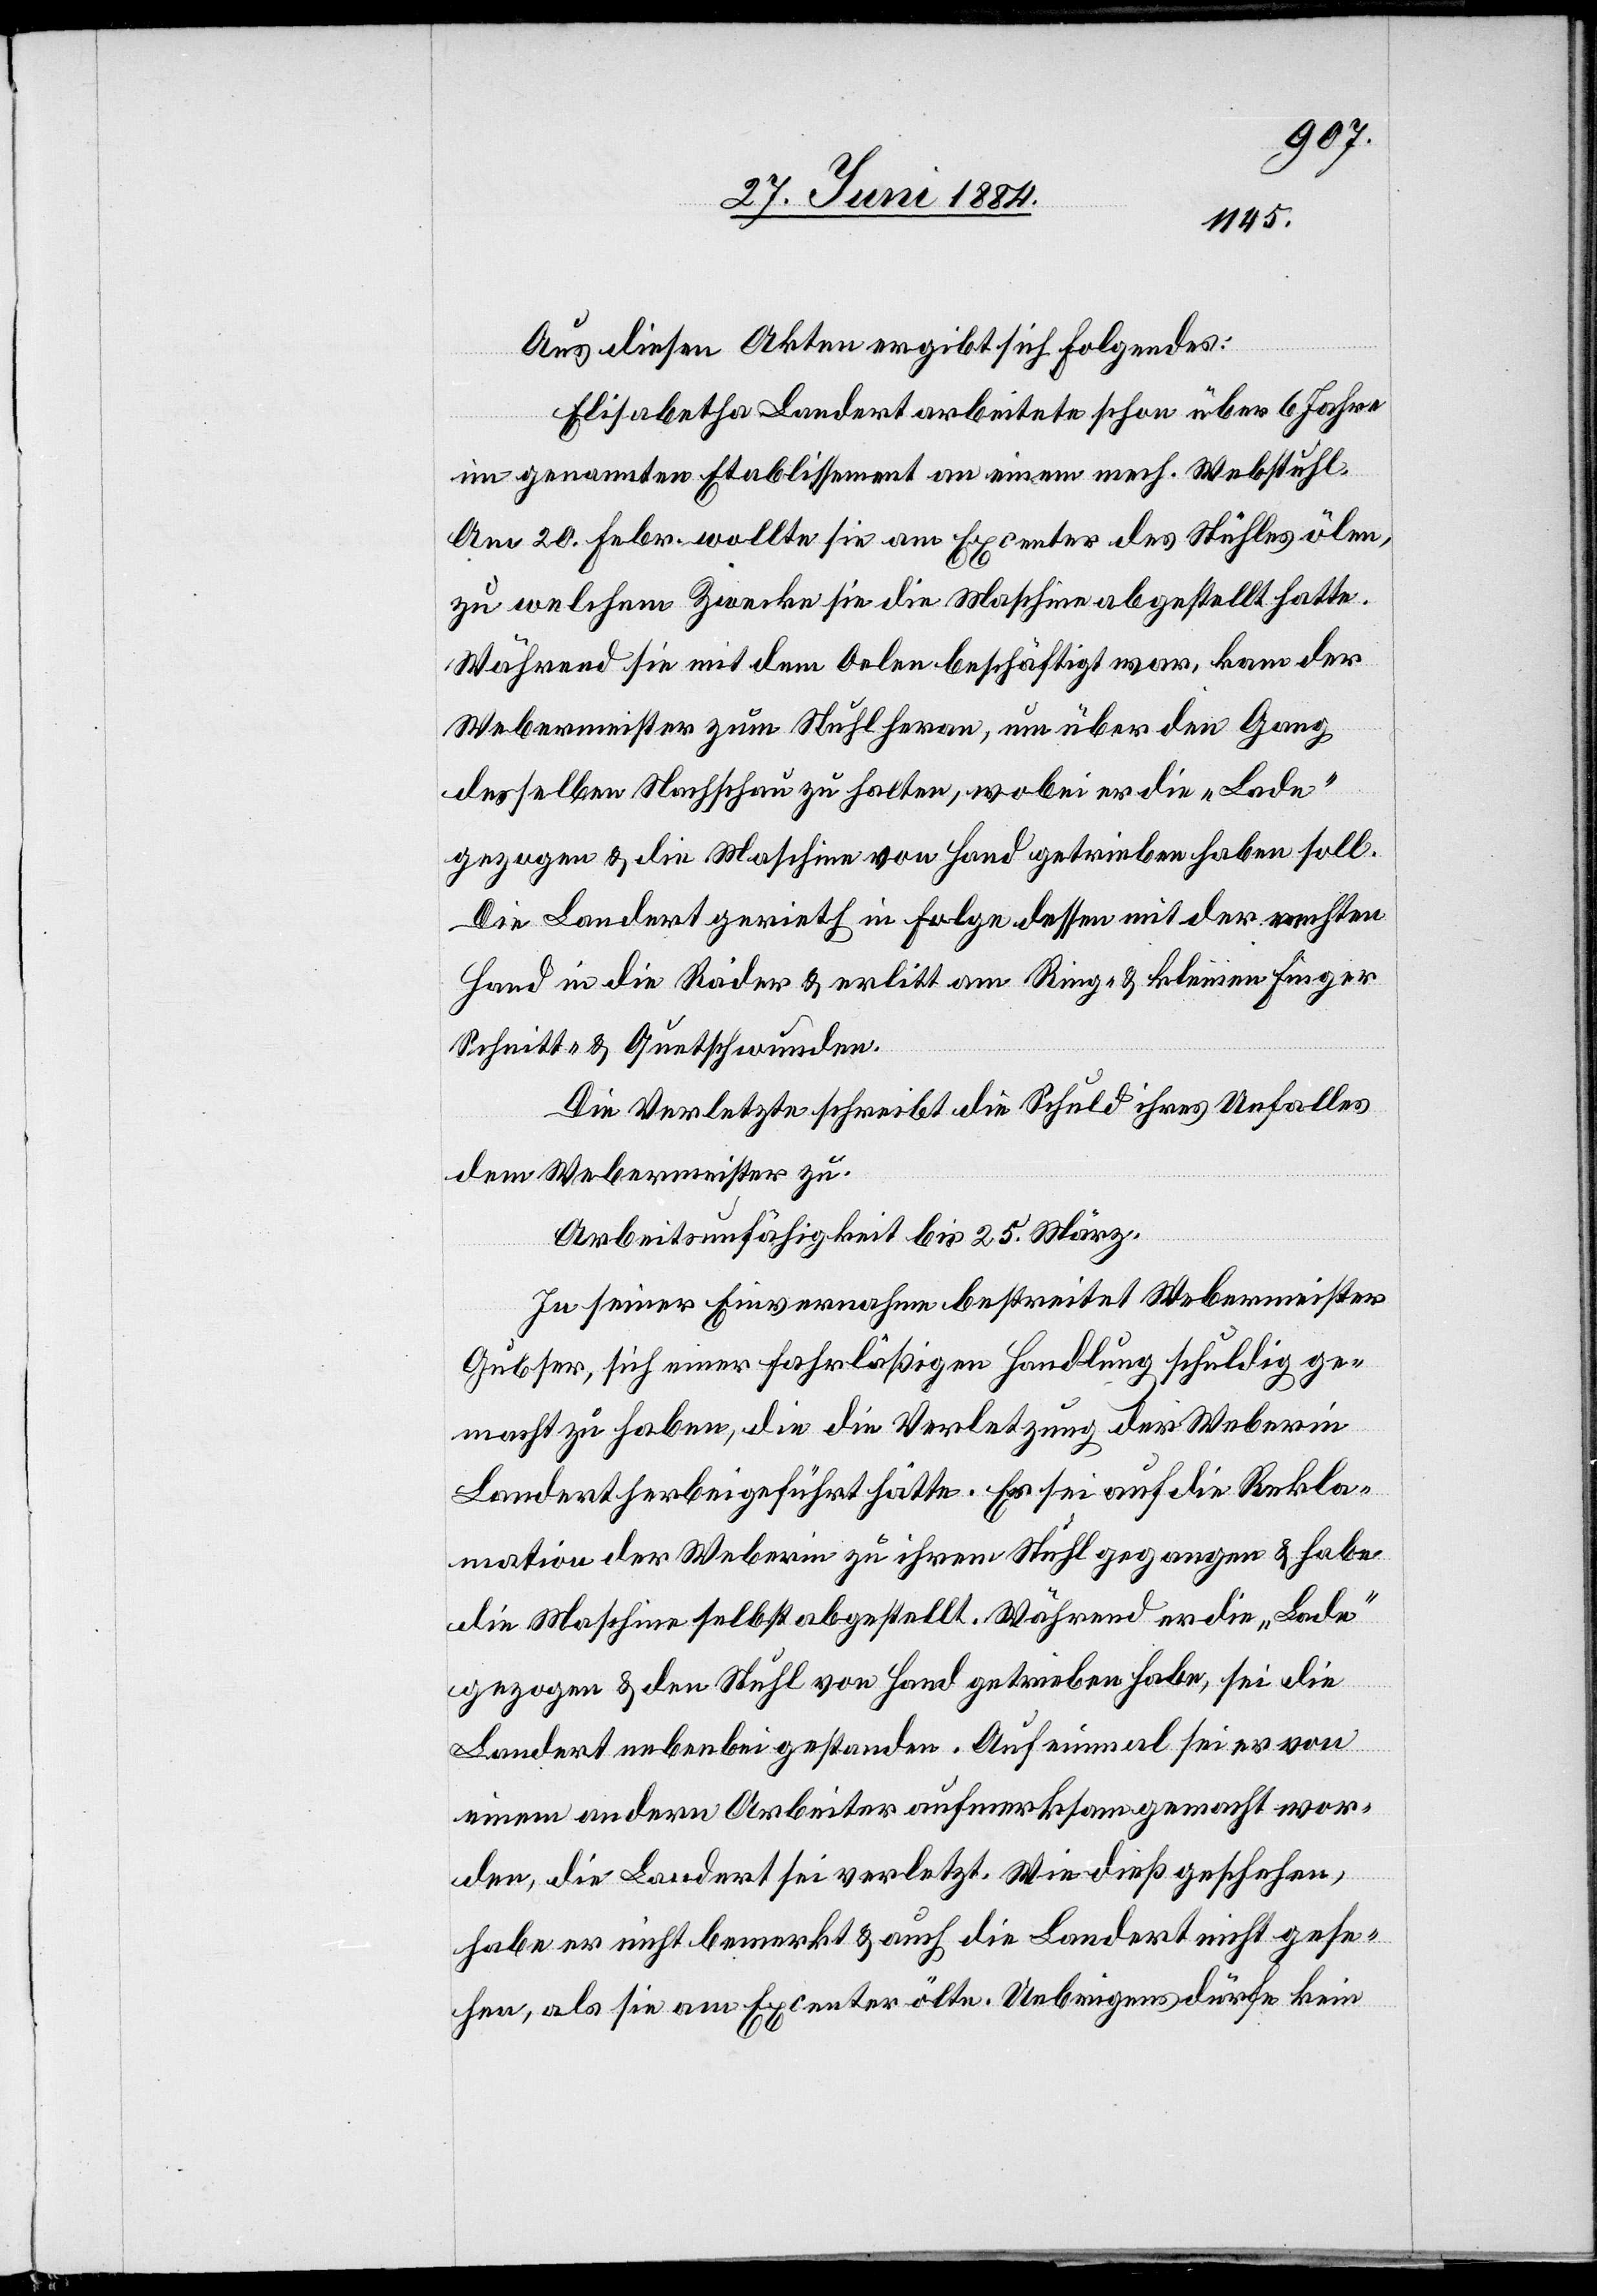
Aus den Akten ergibt sich folgendes:
Elisabetha Landert arbeitete schon über 6 Jahre
im genannten Etablissement an einem mech. Webstuhl.
Am 20. Febr. wollte sie am Excenter des Stuhles ölen,
zu welchem Zwecke sie die Maschine abgestellt hatte.
Während sie mit dem oelen beschäftigt war, kam der
Webermeister zum Stuhl heran, um über den Gang
desselben Nachschau zu halten, wobei er die „Lade“
gezogen & die Maschine von Hand getrieben haben soll.
Die Landert gerieth in Folge dessen mit der rechten
Hand in die Räder & erlitt am Ring- & kleinen Finger
Schnitt- & Quetschwunden.
Die Verletzte schreibt die Schuld ihres Unfalles
dem Webermeister zu.
Arbeitsunfähigkeit bis 25. März.
In seiner Einvernahme bestreitet Webermeister
Gubser, sich einer fahrläßigen Handlung schuldig ge¬
macht zu haben, die die Verletzung der Weberin
Landert herbei geführt hätte. Er sei auf die Rekla¬
mation der Weberei zu ihrem Stuhl gegangen & habe
die Maschine selbst abgestellt. Während er die „Lade“
gezogen & den Stuhl von Hand getrieben habe, sei die
Landert nebenbei gestanden. Auf einmal sei er von
einem andern Arbeiter aufmerksam gemacht wor¬
den, die Landert sei verletzt. Wie dieß geschehen,
habe er nicht bemerkt & auch die Landert nicht gese¬
hen, also sie am Excenter ölte. Uebrigens dürfe kein